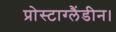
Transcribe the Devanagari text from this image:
प्रोस्टाग्लैंडीन।